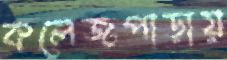
কলেজপাড়ায়